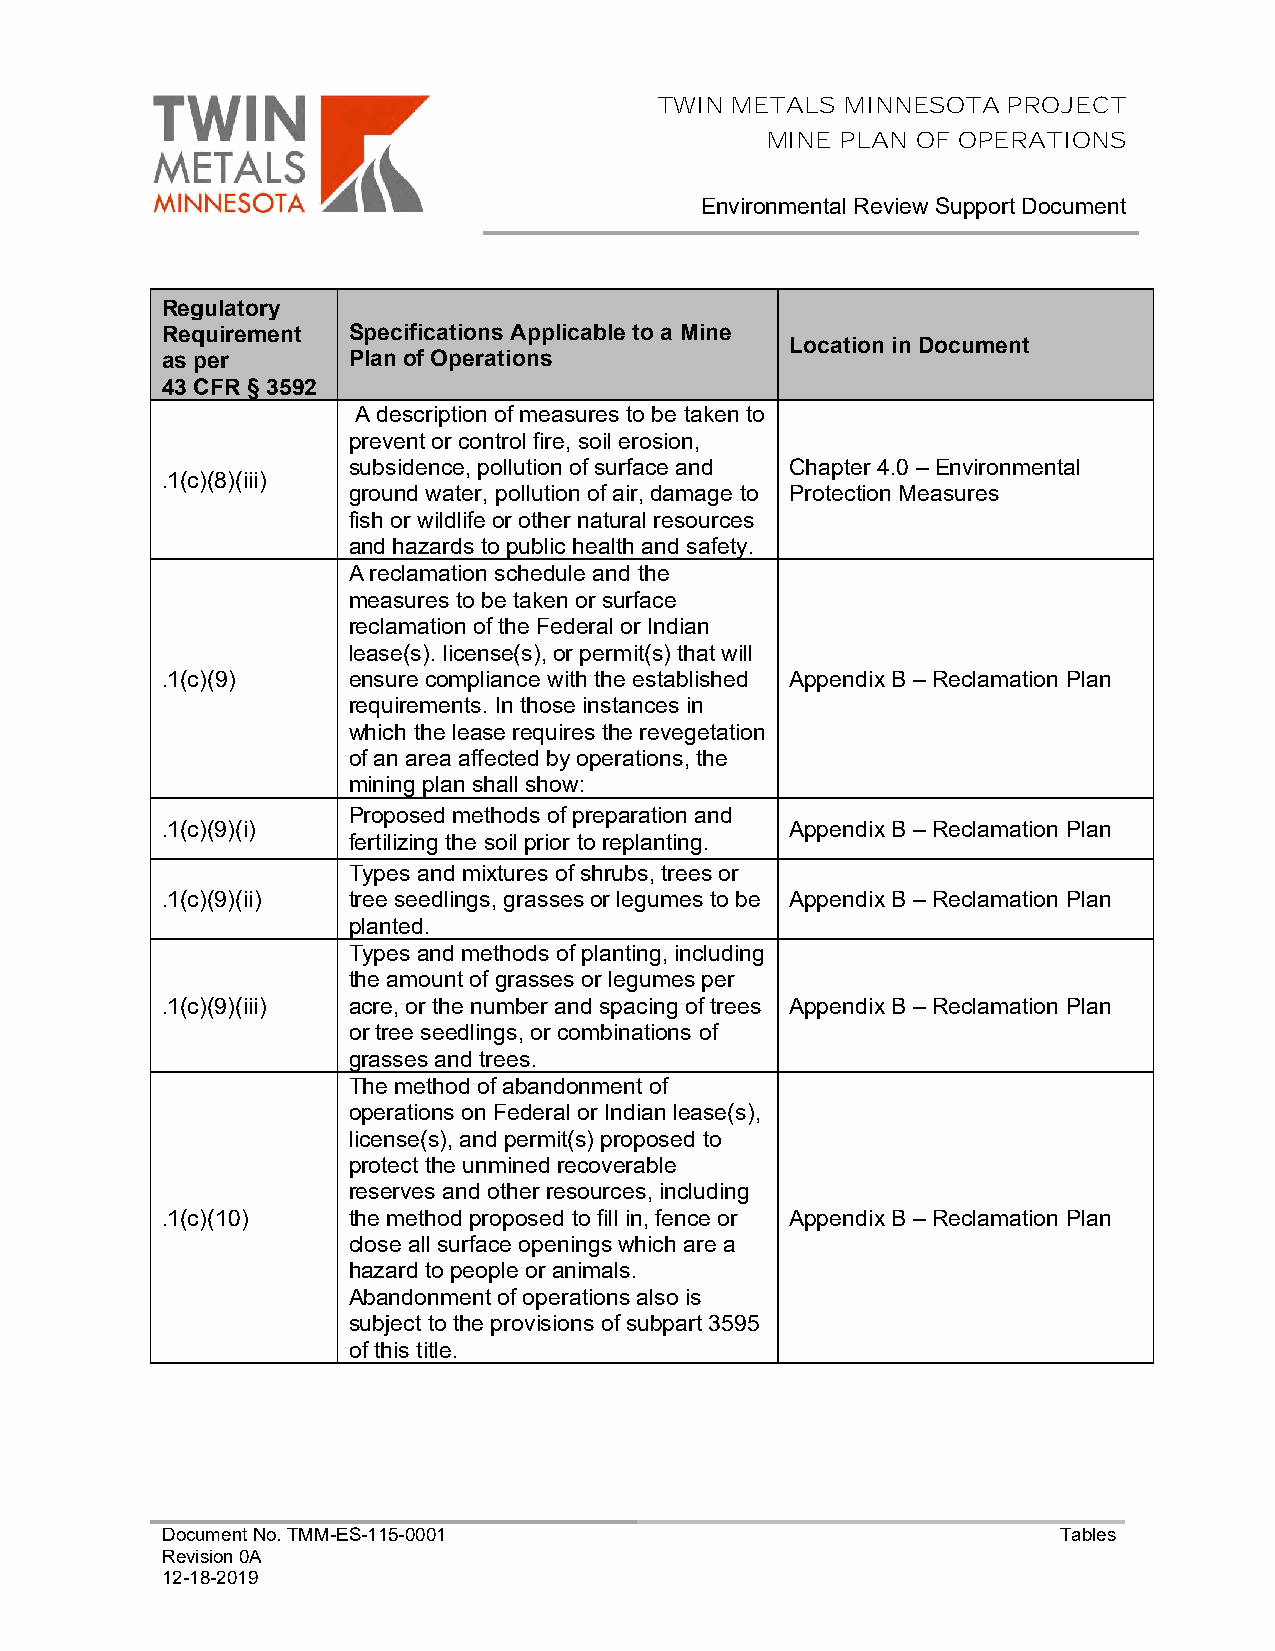
TWIN METALS MINNESOTA  PROJECT
 MINE PLAN OF OPERATIONS
 Environmental Review Support Document
 Regulatory
 Requirement Specifications Applicable to a Mine
 Location in Document
 as per      Plan of Operations
 43 CFR § 3592
 A description of measures to be taken to
 prevent or control fire, soil erosion,
 subsidence, pollution of surface and Chapter 4.0 – Environmental
 .1(c)(8)(iii)
 ground water, pollution of air, damage to Protection Measures
 fish or wildlife or other natural resources
 and hazards to public health and safety.
 A reclamation schedule and the
 measures to be taken or surface
 reclamation of the Federal or Indian
 lease(s). license(s), or permit(s) that will
 .1(c)(9)    ensure compliance with the established Appendix B – Reclamation Plan
 requirements. In those instances in
 which the lease requires the revegetation
 of an area affected by operations, the
 mining plan shall show:
 Proposed methods of preparation and
 .1(c)(9)(i)                              Appendix B – Reclamation Plan
 fertilizing the soil prior to replanting.
 Types and mixtures of shrubs, trees or
 .1(c)(9)(ii) tree seedlings, grasses or legumes to be Appendix B – Reclamation Plan
 planted.
 Types and methods of planting, including
 the amount of grasses or legumes per
 .1(c)(9)(iii) acre, or the number and spacing of trees Appendix B – Reclamation Plan
 or tree seedlings, or combinations of
 grasses and trees.
 The method of abandonment of
 operations on Federal or Indian lease(s),
 license(s), and permit(s) proposed to
 protect the unmined recoverable
 reserves and other resources, including
 .1(c)(10)   the method proposed to fill in, fence or Appendix B – Reclamation Plan
 close all surface openings which are a
 hazard to people or animals.
 Abandonment of operations also is
 subject to the provisions of subpart 3595
 of this title.
 Document No. TMM-ES-115-0001                               Tables
 Revision 0A
 12-18-2019